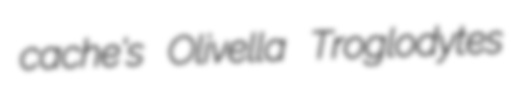
cache's Olivella Troglodytes